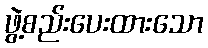
ဖွဲ့စည်းပေးထားသော